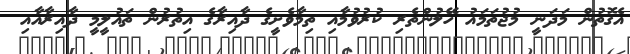
އެގޮތުން މަދަނީ މުޖުތަމައު ހޭލުންތެރި ކުރުވުމާއި ތިމާވެށީގެ ދާއިރާގެ އިތުރުން ތައުލީމީ ދާއިރާއާއި